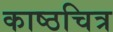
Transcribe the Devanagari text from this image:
काष्ठचित्र